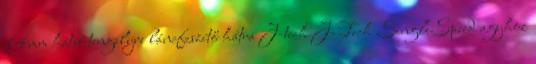
14mm hátsó tengelyre láncfeszítő hátra J-tech J-Tech SingleSpeed agyhoz